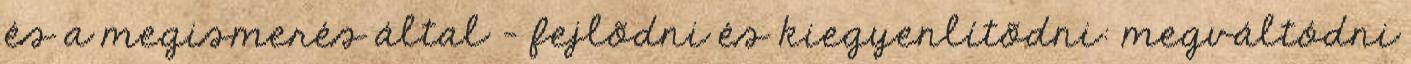
és a megismerés által - fejlõdni és kiegyenlítõdni: megváltódni